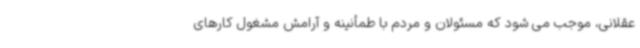
عقلانی، موجب می شود که مسئولان و مردم با طمأنینه و آرامش مشغول کارهای